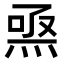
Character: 𤊅